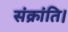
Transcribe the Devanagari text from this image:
संक्रांति।